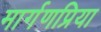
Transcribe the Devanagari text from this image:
मार्गणप्रिया